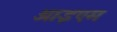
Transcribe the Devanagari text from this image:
आइएम